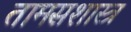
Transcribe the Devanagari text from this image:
तामसशास्त्र